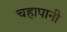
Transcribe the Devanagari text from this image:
चहापानी